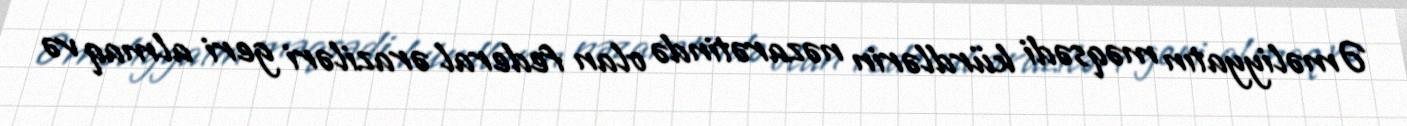
Əməliyyatın məqsədi kürdlərin nəzarətində olan federal əraziləri geri almaq və